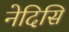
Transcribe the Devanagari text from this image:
नेदिसि